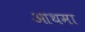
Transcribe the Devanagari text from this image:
आथमा